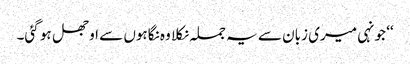
‘‘ جونہی میری زبان سے یہ جملہ نکلا وہ نگاہوں سے اوجھل ہو گئی۔